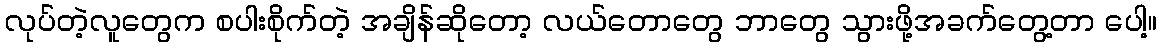
လုပ်တဲ့လူတွေက စပါးစိုက်တဲ့ အချိန်ဆိုတော့ လယ်တောတွေ ဘာတွေ သွားဖို့အခက်တွေ့တာ ပေါ့။